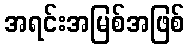
အရင်းအမြစ်အဖြစ်